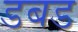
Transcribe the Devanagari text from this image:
डबड